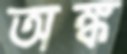
অঙ্ক